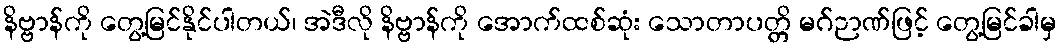
နိဗ္ဗာန်ကို တွေ့မြင်နိုင်ပါတယ်၊ အဲဒီလို နိဗ္ဗာန်ကို အောက်ထစ်ဆုံး သောတာပတ္တိ မဂ်ဉာဏ်ဖြင့် တွေ့မြင်ခါမှ